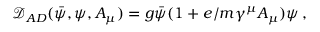
\mathcal { D } _ { A D } ( \bar { \psi } , \psi , A _ { \mu } ) = g \bar { \psi } ( 1 + e / m \gamma ^ { \mu } A _ { \mu } ) \psi \, ,